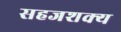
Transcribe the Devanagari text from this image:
सहजशक्‍य